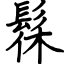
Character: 髹